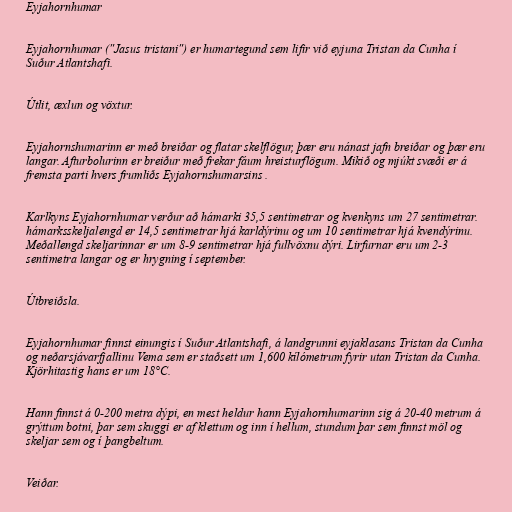
Eyjahornhumar

Eyjahornhumar ("Jasus tristani") er humartegund sem lifir við eyjuna Tristan da Cunha í
Suður Atlantshafi.

Útlit, æxlun og vöxtur.

Eyjahornshumarinn er með breiðar og flatar skelflögur, þær eru nánast jafn breiðar og þær eru
langar. Afturbolurinn er breiður með frekar fáum hreisturflögum. Mikið og mjúkt svæði er á
fremsta parti hvers frumliðs Eyjahornshumarsins .

Karlkyns Eyjahornhumar verður að hámarki 35,5 sentimetrar og kvenkyns um 27 sentimetrar.
hámarksskeljalengd er 14,5 sentimetrar hjá karldýrinu og um 10 sentimetrar hjá kvendýrinu.
Meðallengd skeljarinnar er um 8-9 sentimetrar hjá fullvöxnu dýri. Lirfurnar eru um 2-3
sentimetra langar og er hrygning í september.

Útbreiðsla.

Eyjahornhumar finnst einungis í Suður Atlantshafi, á landgrunni eyjaklasans Tristan da Cunha
og neðarsjávarfjallinu Vema sem er staðsett um 1,600 kílómetrum fyrir utan Tristan da Cunha.
Kjörhitastig hans er um 18°C.

Hann finnst á 0-200 metra dýpi, en mest heldur hann Eyjahornhumarinn sig á 20-40 metrum á
grýttum botni, þar sem skuggi er af klettum og inn í hellum, stundum þar sem finnst möl og
skeljar sem og í þangbeltum.

Veiðar.